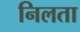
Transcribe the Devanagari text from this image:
निलता